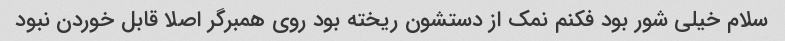
سلام خیلی شور بود فکنم نمک از دستشون ریخته بود روی همبرگر اصلا قابل خوردن نبود